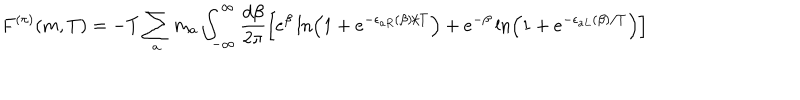
F ^ { ( \pi ) } ( m , T ) = - T \sum _ { a } m _ { a } \int _ { - \infty } ^ { \infty } \frac { d \beta } { 2 \pi } \left[ e ^ { \beta } \ln \left( 1 + e ^ { - \epsilon _ { a R } ( \beta ) / T } \right) + e ^ { - \beta } \ln \left( 1 + e ^ { - \epsilon _ { a L } ( \beta ) / T } \right) \right]